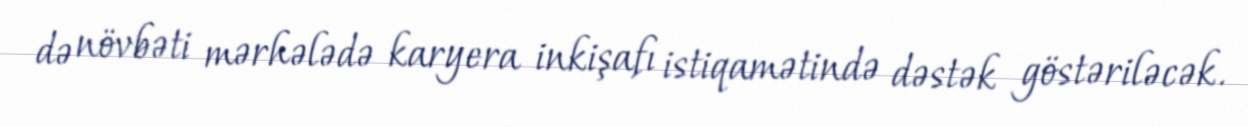
də növbəti mərhələdə karyera inkişafı istiqamətində dəstək göstəriləcək.